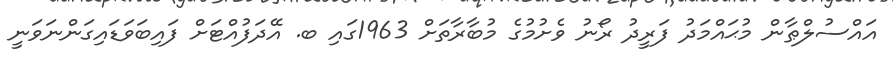
އައްސުލްޠާން މުޙައްމަދު ފަރީދު ރޯނު ވެށުމުގެ މުބާރާތަށް 1963ގައި ބ. އޭދަފުއްޓަށް ފައިބަވަޑައިގަންނަވަނީ